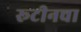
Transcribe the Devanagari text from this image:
रूटीनचा